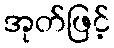
အုတ်ဖြင့်